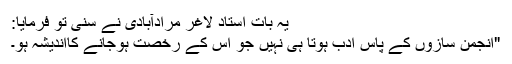
یہ بات استاد لاغر مرادآبادی نے سنی تو فرمایا:
"انجمن سازوں کے پاس ادب ہوتا ہی نہیں جو اس کے رخصت ہوجانے کااندیشہ ہو۔